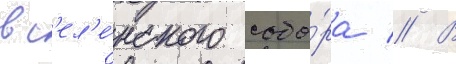
вс'ел'е́нского собо́ра // В